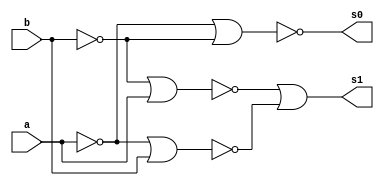
// --Pontificia Universidade Catolica de Minas Gerais
// -- Guia 04_1
// -- Nome: Jessica Luisa Betonico Andradde	Matricula: 412748
module HalfAdder (s0,s1,a,b);
input a,b;
output s0,s1;
wire q0,q1,q2,q3,q4;
nor nor1 (q0,a,a);
nor nor2 (q1,b,b);
nor nor3 (q2,q0,b);
nor nor4 (q3,q1,a); 
nor nor5 (q4,q3,q2);
nor nor6 (s1,q4,q4);
nor nor7 (s0,q0,q1); 
endmodule

module Teste_soma;
reg a,b;
wire s0,s1;
HalfAdder HA (s0,s1,a,b);
initial begin: start
a=0; b=0;
end

initial begin:main
$display ("Nome: Jessica Luisa Betonico Andradde	Matricula: 412748");
$display ("Operador de Meia-Soma ");
$display (" a | b | = | s0 | s1 |\n");
$monitor (" %b | %b | = | %2b | %2b |",a,b,s0,s1);
#1	a=0; b=1;
#1 a=1; b=0;
#1 a=1; b=1; 
end
endmodule

// OBS.: FALTOU SIMULAR NO LOGISIM.